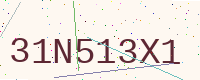
Text: 31N513X1